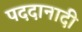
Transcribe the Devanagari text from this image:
पददानादी